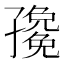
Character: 𭓛